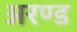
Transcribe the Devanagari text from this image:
अरण्ड